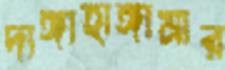
দাঙ্গাহাঙ্গামার